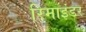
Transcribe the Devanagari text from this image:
रिमाइंडर